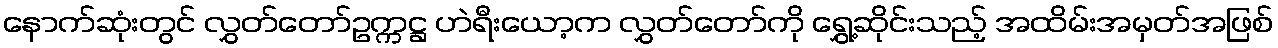
နောက်ဆုံးတွင် လွှတ်တော်ဥက္ကဋ္ဌ ဟဲရီးယော့က လွှတ်တော်ကို ရွှေ့ဆိုင်းသည့် အထိမ်းအမှတ်အဖြစ်